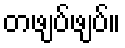
တဖျပ်ဖျပ်။